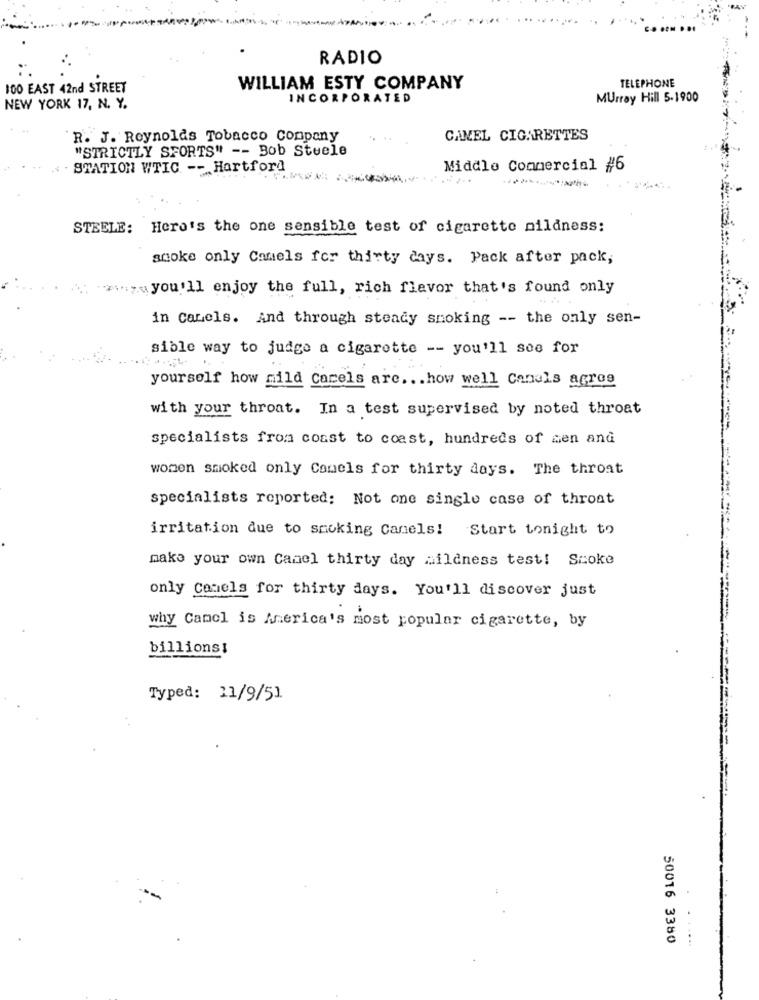
RADIO
TELEPHONE
100 EAST 42nd STREET
WILLIAM ESTY COMPANY
INCORPORATED
Murray Hill 5-1900
NEW YORK 17, N. Y.
R. J. Reynolds Tobacco Company
CAMEL CIGARETTES
"STRICTLY SFORTS" -- Bob Stuele
STATION WTIC -- Hartford
Middle Commercial #6
STEELE: Here's the one sensible test of cigarette mildness:
smoke only Camels for thirty days. Pack after pack,
:, you'll enjoy the full, rich flavor that's found only
in Carels. And through steady smoking -- the only sen-
sible way to judge a cigarette -- you'll see for
yourself how mild Carels are ... how well Canals agres
with your throat. In a test supervised by noted throat
specialists from coast to coast, hundreds of sen and
women smoked only Camels for thirty days. The throat
specialists reported: Not one single case of throat
irritation due to smoking Canels! Start tonight to
make your own Canel thirty day wildness test! Smoke
only Comels for thirty days. You'll discover just
why Camel is America's most popular cigarette, by
billions!
Typed: 11/9/51
50016 3380